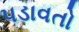
પડાવતો